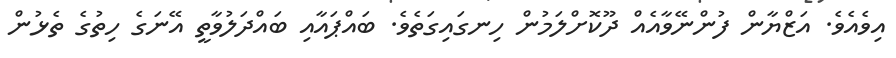
އިވެއެވެ. އަޒްޔާން ފުންނޭވާއެއް ދޫކޮށްލަމުން ހިނގައިގަތެވެ. ބައްޕައާއި ބައްދަލުވާތީ އޭނަގެ ހިތުގެ ތެޅުން